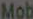
Mob